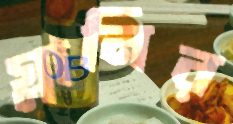
গ্লানির